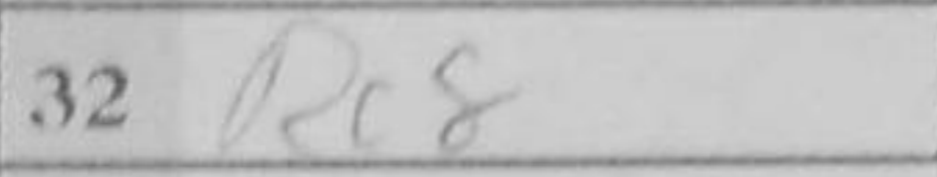
Transcription: Rc8